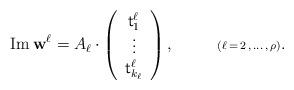
LaTeX: \begin{align*}{\rm Im}\,{\bf w}^\ell=A_\ell\cdot\left( \begin{array}{c} {\sf t}^\ell_1 \\ \vdots \\ {\sf t}^\ell_{k_\ell} \\ \end{array}\right), \ \ \ \ \ \ \ \ {\scriptstyle (\ell\,=\,2\,,\,\ldots\,,\,\rho)}.\end{align*}